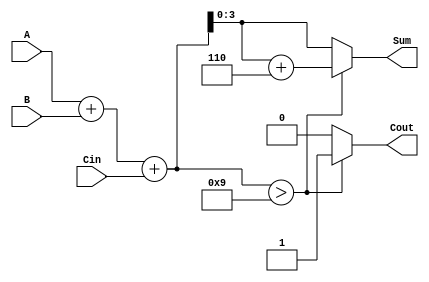
module BCD_Fast_Adder (
    input  wire [3:0] A,    // First BCD digit
    input  wire [3:0] B,    // Second BCD digit
    input  wire Cin,         // Carry input
    output reg  [3:0] Sum,   // Resulting BCD digit
    output reg  Cout         // Carry output
);

    wire [4:0] Temp_Sum;     // Temporary sum (5 bits to accommodate overflow)
    wire [4:0] Corrected_Sum; // Corrected sum after BCD adjustment
    wire is_greater_than_9;  // Flag to check if Temp_Sum > 9

    // Step 1: Perform binary addition
    assign Temp_Sum = A + B + Cin;

    // Step 2: Check if Temp_Sum exceeds 9
    assign is_greater_than_9 = Temp_Sum > 5'd9;

    // Step 3: Perform BCD correction if necessary
    assign Corrected_Sum = Temp_Sum + 5'd6;

    // Step 4: Assign outputs based on correction
    always @(*) begin
        if (is_greater_than_9) begin
            Sum = Corrected_Sum[3:0]; // Take lower 4 bits after correction
            Cout = 1'b1;               // Set carry out
        end else begin
            Sum = Temp_Sum[3:0];      // Take lower 4 bits of Temp_Sum
            Cout = 1'b0;               // No carry out
        end
    end

endmodule